Annual administration report of the Civil Veterinary Department of India - 1897-1898
Year: 1897
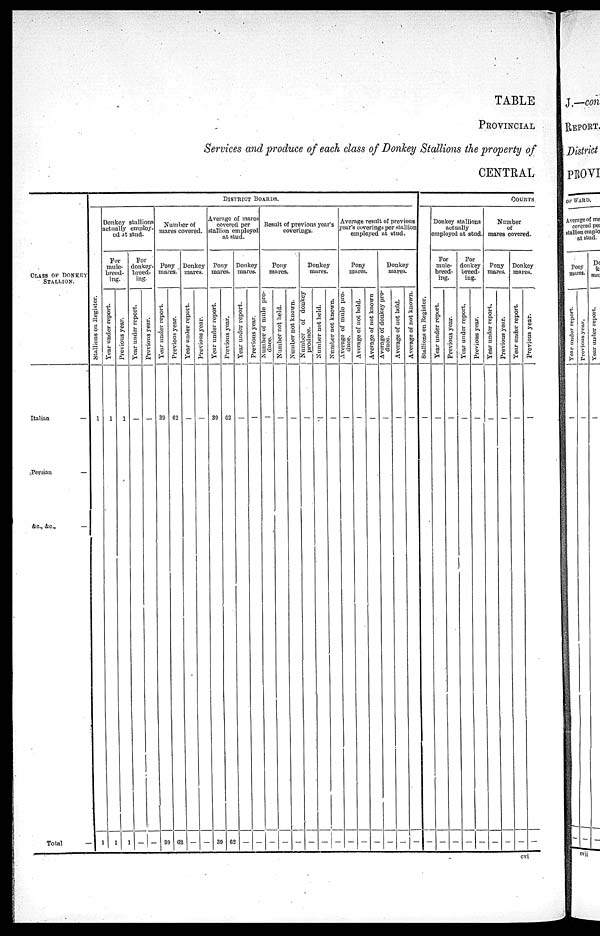
TABLE
PROVINCIAL
Services and produce of each class of Donkey Stallions the property of
CENTRAL
CLASS OF DONKEY
STALLION.
Italian
—
Persian
—
&c.,
&c.,
—
Total
—
DISTRICT BOARDS.
Stallions on Register.
1
1
Donkey stallions
actually employ-
ed at stud.
For
mule-
breed-
ing.
Year under report.
1
1
Previous year.
1
1
For
donkey-
breed-
ing.
Year under report.
—
—
Previous year.
—
—
Number of
mares covered.
Pony
mares.
Year under report.
39
39
Previous year.
62
62
Donkey
mares.
Year under report.
—
—
Previous year.
—
—
Average of mares
covered per
stallion employed
at stud.
Pony
mares.
Year under report.
39
39
Previous year.
62
62
Donkey
mares.
Year under report.
—
—
Previous year.
—
—
Result of previous year's
coverings.
Pony
mares.
Number of mule pro—
duce.
—
—
Number not held.
—
—
Number not known.
—
—
Donkey
mares.
Number
of
donkey
produce.
—
—
Number not held.
—
—
Number not known.
—
—
Average result of previous
year's coverings per stallion
employed at stud.
Pony
mares.
Average of mule pro-
duce.
—
—
Average of not held.
—
—
Average of not known
—
—
Donkey
mares.
Average of donkey pro-
duce.
—
—
Average of not held.
—
—
Average of not known.
—
—
COURTS
Stallions on Register.
—
—
Donkey stallions
actually
employed at stud.
For
mule-
breed-
ing.
Year under report.
—
—
Previous year.
—
—
For
donkey
breed-
ing.
Year under report.
—
—
Previous year.
—
—
Number
of
mares covered.
Pony
mares.
Year under report.
—
—
Previous year.
—
—
Donkey
mares.
Year under report.
—
—
Previous year.
—
—
cvi